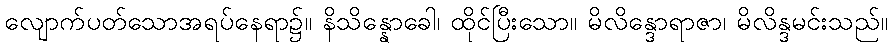
လျောက်ပတ်သောအရပ်နေရာ၌။ နိသိန္နောခေါ၊ ထိုင်ပြီးသော။ မိလိန္ဒောရာဇာ၊ မိလိန္ဒမင်းသည်။